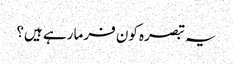
یہ تبصرہ کون فرما رہے ہیں؟